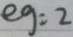
e g = 2